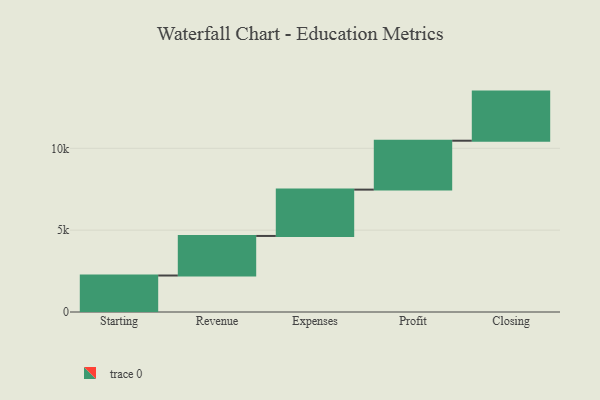
{"axis": {"x": "Step", "y": "Value"}, "legend": [""], "data": [{"x": "Starting", "y": 2229.0, "type": ""}, {"x": "Revenue", "y": 2417.0, "type": ""}, {"x": "Expenses", "y": 2830.0, "type": ""}, {"x": "Profit", "y": 2988.0, "type": ""}, {"x": "Closing", "y": 3000, "type": ""}]}